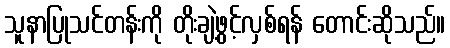
သူနာပြုသင်တန်းကို တိုးချဲ့ဖွင့်လှစ်ရန် တောင်းဆိုသည်။